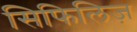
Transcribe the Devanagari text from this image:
सिफिलिज़